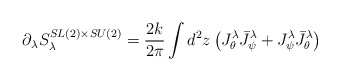
\begin{align*} \partial_{\lambda}S^{SL(2)\times SU(2)}_{\lambda}=\frac{2k}{2\pi}\int d^{2}z\left(J_{\theta}^{\lambda} \bar{J}_{\psi}^{\lambda}+ J_{\psi}^{\lambda}\bar{J}_{\theta}^{\lambda}\right)\end{align*}